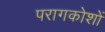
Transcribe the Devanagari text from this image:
परागकोशों